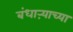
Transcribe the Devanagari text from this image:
बंधाऱ्याच्या